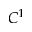
C ^ { 1 }